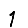
Digit: 1